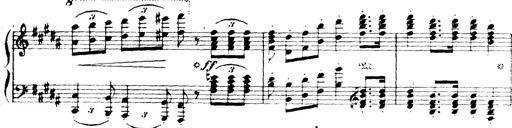
Title: Wagner-Liszt Album
Composer: Franz Liszt